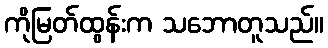
ကိုမြတ်ထွန်းက သဘောတူသည်။